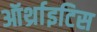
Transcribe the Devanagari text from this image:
ऑर्थ्राइटिस